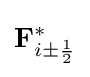
\mathbf {F} _{i\pm {\frac {1}{2}}}^{*}